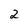
Character: 2